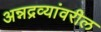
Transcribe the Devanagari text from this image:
अन्नद्रव्यांवरील